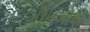
ગીતકોશ